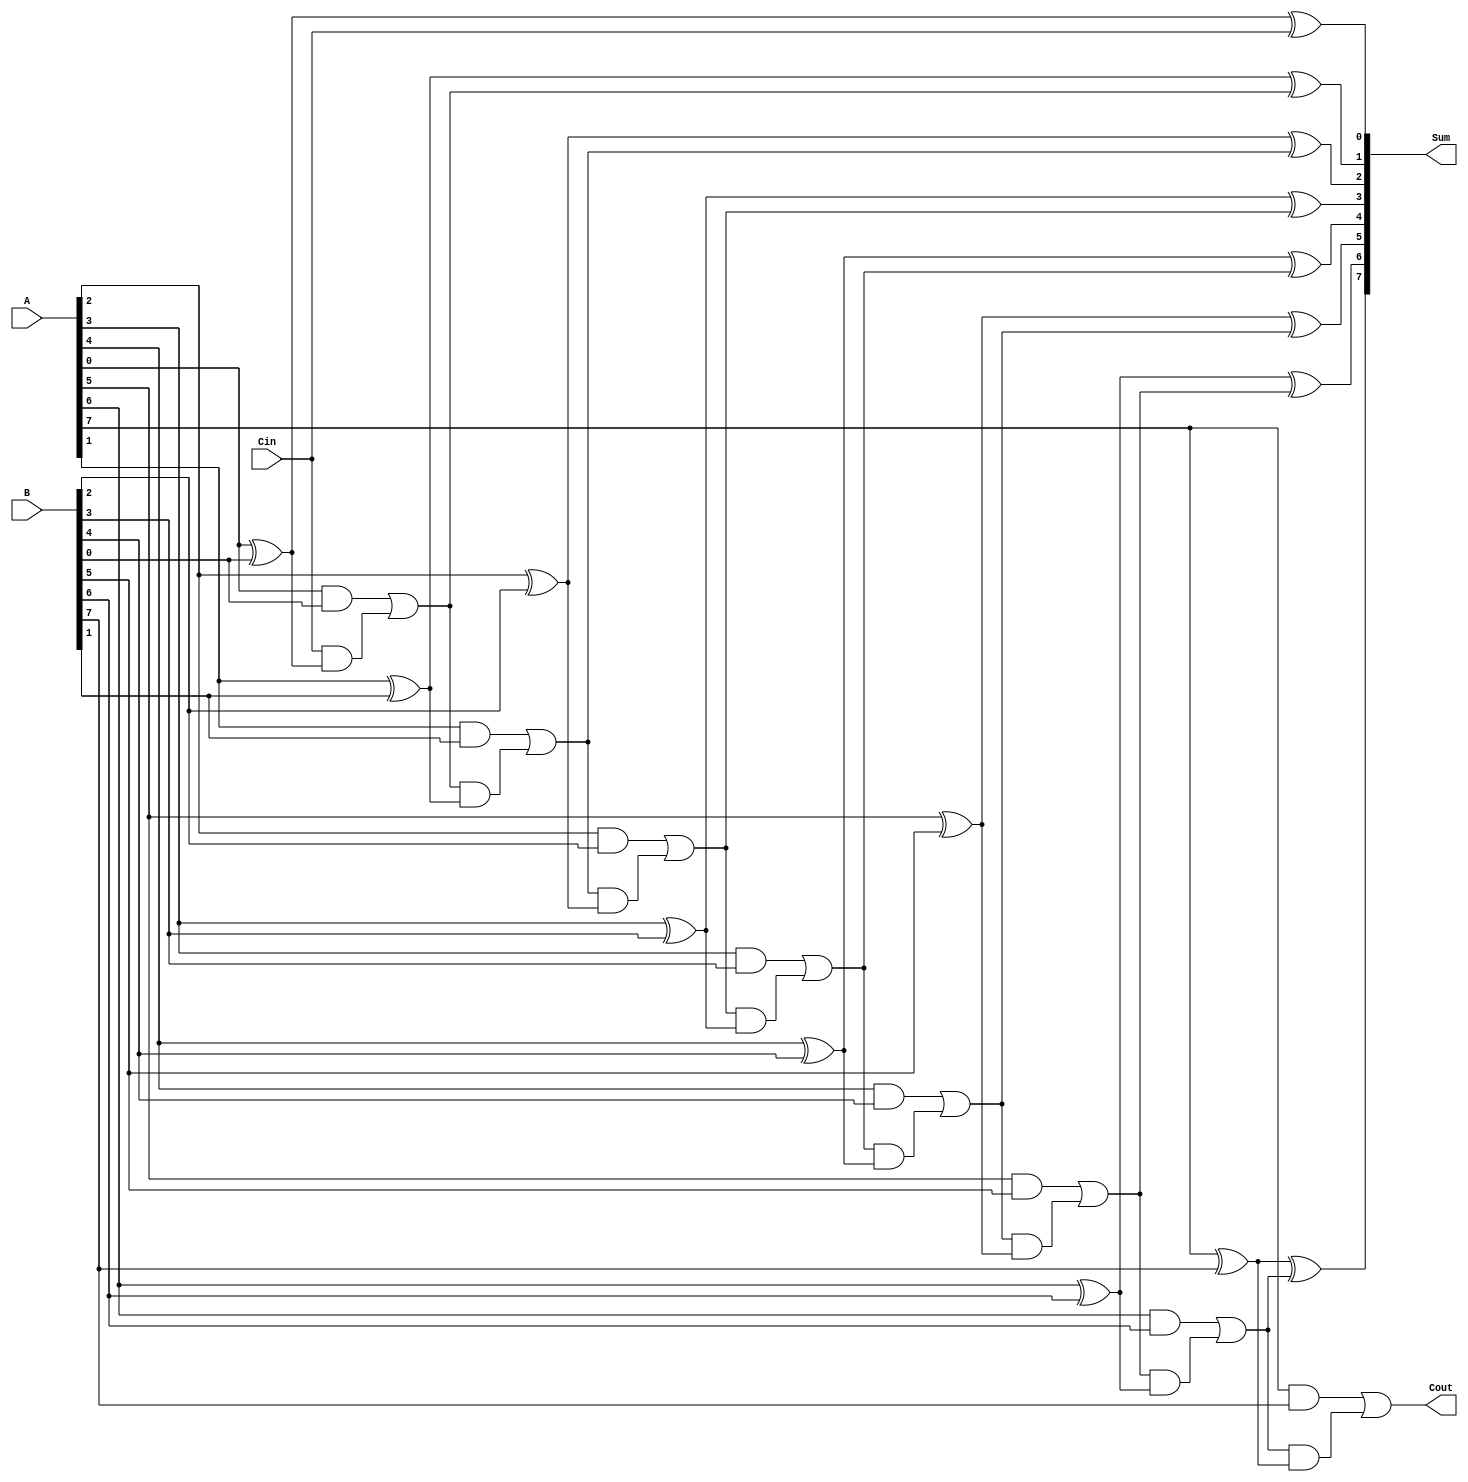
module ManchesterCarryChainAdder #(parameter WIDTH = 8) (
    input  wire [WIDTH-1:0] A,       // First operand
    input  wire [WIDTH-1:0] B,       // Second operand
    input  wire Cin,                  // Carry-in
    output wire [WIDTH-1:0] Sum,      // Sum output
    output wire Cout                  // Carry-out
);

    wire [WIDTH:0] carry; // Carry signals for each stage

    // Assign initial carry-in to the first carry
    assign carry[0] = Cin;

    // Generate the carry and sum for each bit
    genvar i;
    generate
        for (i = 0; i < WIDTH; i = i + 1) begin : adder_stage
            // Full adder logic
            wire A_i = A[i];
            wire B_i = B[i];
            wire carry_in = carry[i];

            // Sum calculation
            assign Sum[i] = A_i ^ B_i ^ carry_in;

            // Carry generation using Manchester Carry Logic
            assign carry[i + 1] = (A_i & B_i) | (carry_in & (A_i ^ B_i));
        end
    endgenerate

    // Final carry-out
    assign Cout = carry[WIDTH];

endmodule